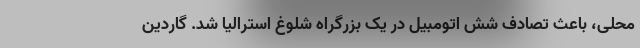
محلی، باعث تصادف شش اتومبیل در یک بزرگراه شلوغ استرالیا شد. گاردین